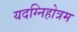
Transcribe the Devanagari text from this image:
यदग्निहोत्रम